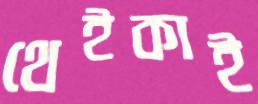
থেইকাই